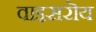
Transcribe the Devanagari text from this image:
वाइसरॊय